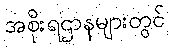
အစိုးရဌာနများတွင်